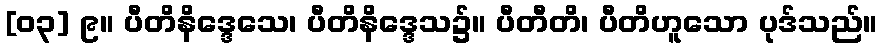
[၀၃] ၉။ ပီတိနိဒ္ဒေသေ၊ ပီတိနိဒ္ဒေသ၌။ ပီတီတိ၊ ပီတိဟူသော ပုဒ်သည်။